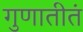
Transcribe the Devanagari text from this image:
गुणातीतं